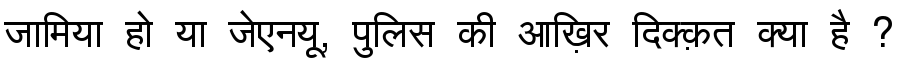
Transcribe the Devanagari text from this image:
जामिया हो या जेएनयू, पुलिस की आख़िर दिक्क़त क्या है ?